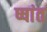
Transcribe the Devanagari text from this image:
ष्षांत